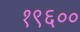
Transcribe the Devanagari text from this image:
१९६००